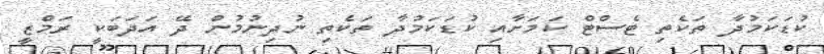
ކުޑަކަމުދާ ތަކެތި ޓެސްޓް ކަމަށާއި ކުޑަކަމުދާ ތަކެތި ނުދިނުމުން ދޭ އަދަބަކީ ރަމްޒީ